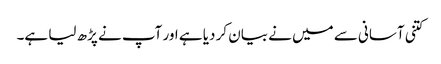
کتنی آسانی سے میں نے بیان کر دیا ہے اور آپ نے پڑھ لیا ہے۔